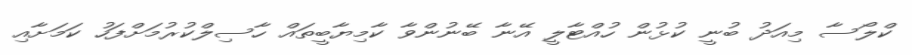
ކްލޯސާ މިއަދު ބުނީ ކުޅުން ހުއްޓާލީ އޭނާ ބޭނުންވާ ކާމިޔާބީތައް ހާސިލްކުރުމަށްފަހު ކަމަށާއި